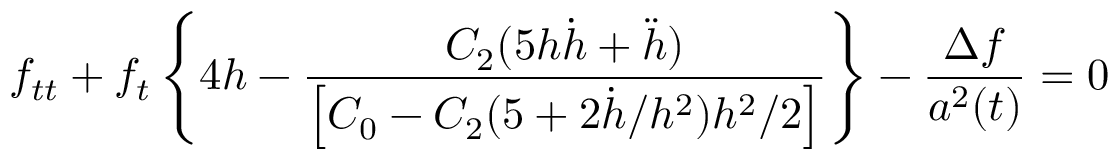
f _ { t t } + f _ { t } \left\{ 4 h - \frac { C _ { 2 } ( 5 h \dot { h } + \ddot { h } ) } { \left[ C _ { 0 } - C _ { 2 } ( 5 + 2 \dot { h } / h ^ { 2 } ) h ^ { 2 } / 2 \right] } \right\} - \frac { \Delta f } { a ^ { 2 } ( t ) } = 0